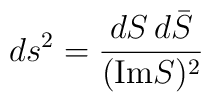
ds^2 = \frac{dS \, d{\bar S}}{(\mbox{Im} S)^2}